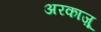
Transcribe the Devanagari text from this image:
अरकाज़ू